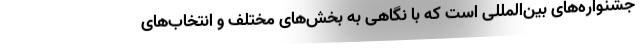
جشنواره‌های بین‌المللی است که با نگاهی به بخش‌های مختلف و انتخاب‌های